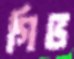
গিভ